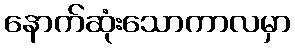
နောက်ဆုံးသောကာလမှာ